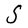
Character: S